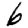
Digit: 6